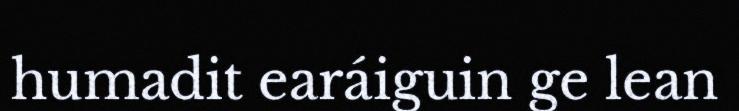
humadit earáiguin ge lean